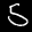
Label: 5